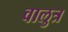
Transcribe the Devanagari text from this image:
वालुत्र